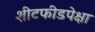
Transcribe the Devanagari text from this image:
शीटफीडपेक्षा